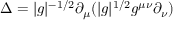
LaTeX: \Delta = | g | ^ { - 1 / 2 } \partial _ { \mu } ( | g | ^ { 1 / 2 } g ^ { \mu \nu } \partial _ { \nu } )